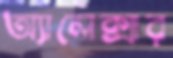
অ্যালেক্সার